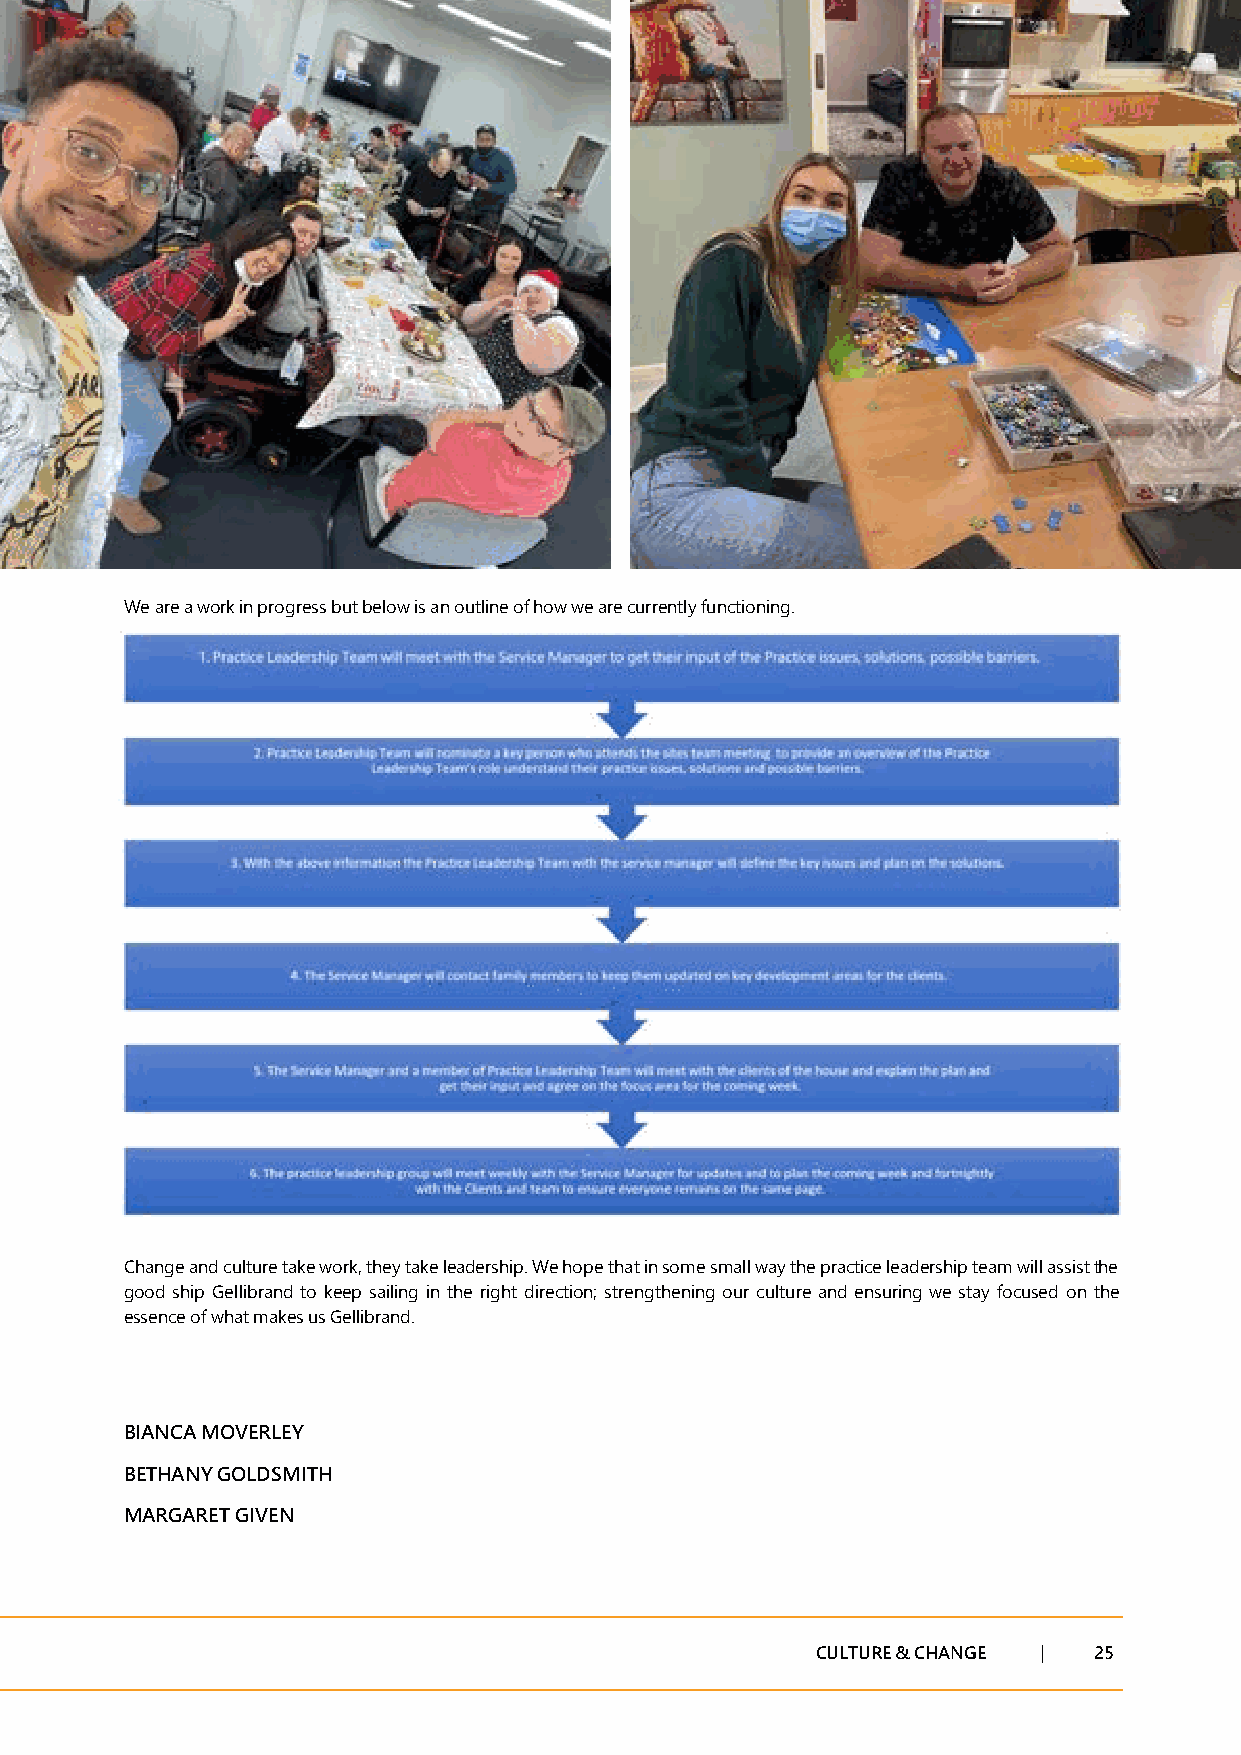
We are a work in progress but below is an outline of how we are currently functioning.
 Change and culture take work, they take leadership. We hope that in some small way the practice leadership team will assist the
 good ship Gellibrand to keep sailing in the right direction; strengthening our culture and ensuring we stay focused on the
 essence of what makes us Gellibrand.
 BIANCA MOVERLEY
 BETHANY GOLDSMITH
 MARGARET GIVEN
 CULTURE & CHANGE | 25